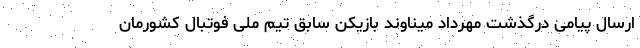
ارسال پیامی درگذشت مهرداد میناوند بازیکن سابق تیم ملی فوتبال کشورمان